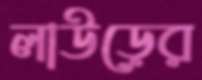
লাউড়ের